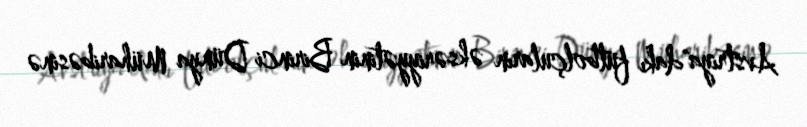
Avstriya"dakı futbolçuların əksəriyyətinin Birinci Dünya Müharibəsinə